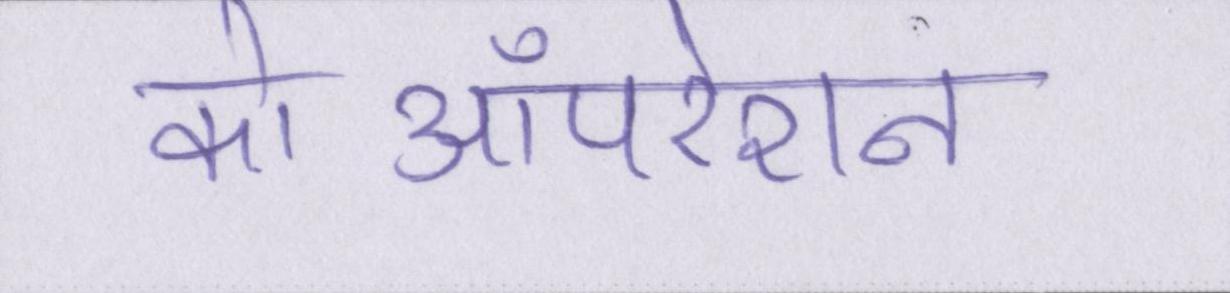
कोऑपरेशन